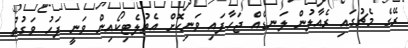
ރޭގެ މެޗުގައި ރެއާލުން ލަނޑެއް ޖަހާފައި ވަނިކޮށް އެތުލެޓިކޯއިން ވަނީ ފަހު ވަގުތު